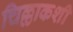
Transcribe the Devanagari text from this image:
चिल्लाकशी